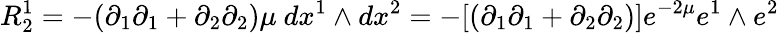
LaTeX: R_{2}^{1}=-(\partial_{1}\partial_{1}+\partial_{2}\partial_{2})\mu~dx^{1}\wedge dx^{2}=-[(\partial_{1}\partial_{1}+\partial_{2}\partial_{2})]e^{-2\mu}e^{1}\wedge e^{2}